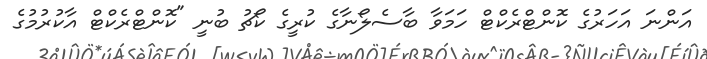
އަންނަ އަހަރުގެ ކޮންޓްރެކްޓް ހަމަވާ ބާސެލޯނާގެ ކުރީގެ ކޯޗު ބުނީ "ކޮންޓްރެކްޓް އާކުރުމުގެ